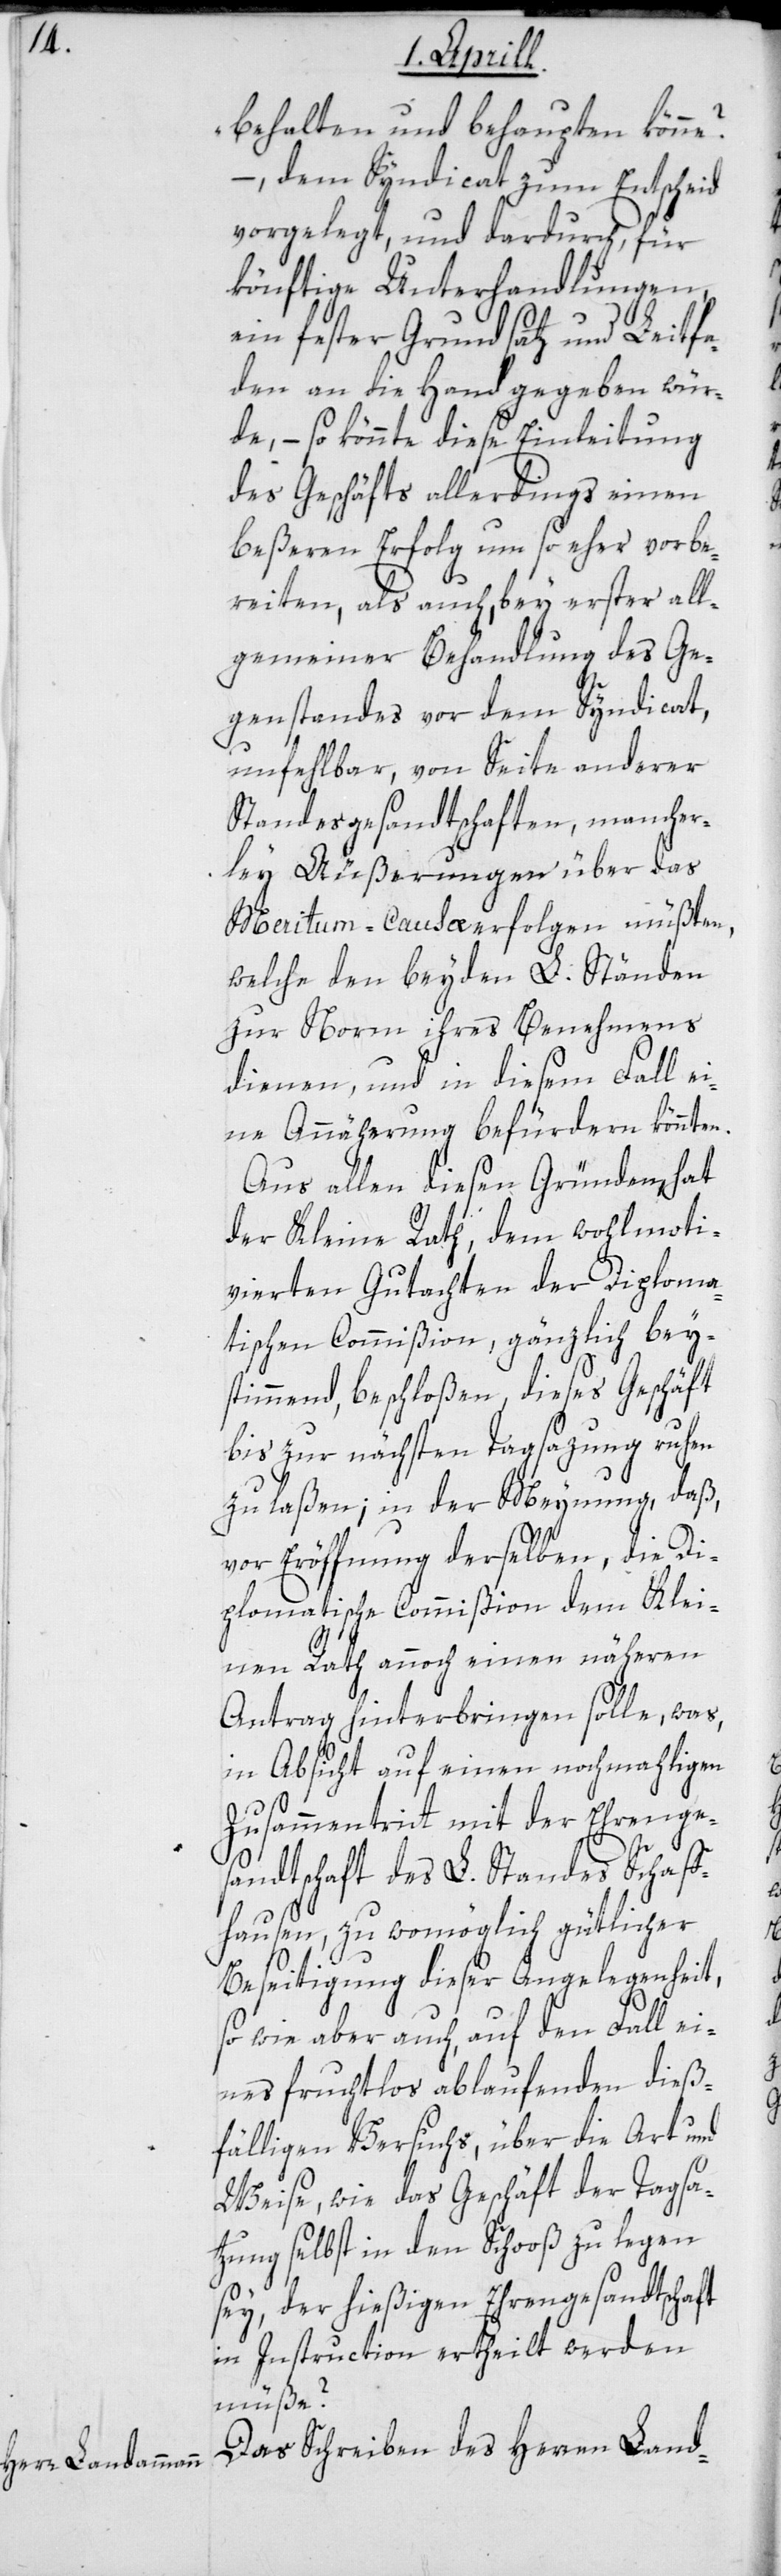
behalten und behaupten könne?“
–, dem Syndicat zum Entscheid
vorgelegt, und dadurch für
könftige Unterhandlungen,
ein fester Grundsatz und Leitfa¬
den an die Hand gegeben wür¬
de, – so könnte diese Einleitung
des Geschäfts allerdings einen
beßeren Erfolg um so eher vorbe¬
reiten, als auch, bey erster all¬
gemeiner Behandlung des Ge¬
genstandes vor dem Syndicat,
unfehlbar, von Seite anderer
Standesgesandtschaften, mancher¬
ley Äußerungen über das
Meritum-Causa erfolgen müßten,
welche den beyden L. Ständen
zur Norm ihres Benehmens
dienen, und in diesem Fall ei¬
ne Annäherung befürdern könnten.
Aus allen diesen Gründen, hat
der Kleine Rath, dem wohlmoti¬
vierten Gutachten der Diploma¬
tischen Commißion, gänzlich bey¬
stimmend beschloßen, dieses Geschäft
bis zur nächsten Tagsazung ruhen
zu laßen, in der Meynung, daß
vor Eröffnung derselben, die Di¬
plomatische Commißion dem Klei¬
nen Rath annoch einen näheren
Antrag hinterbringen solle, was,
in Absicht auf einen nochmahligen
Zusammentritt mit der Ehrenge¬
sandtschaft des L. Standes Schaf¬
fhausen, zu womöglich gütlicher
Beseitigung dieser Angelegenheit,
so wie aber auch auf den Fall ei¬
nes fruchtlos ablaufenden dieß¬
fälligen Versuchs, über die Art und
Weise, wie das Geschäft der Tagsa¬
tzung selbst in den Schooß zu legen
sey, der hießigen Ehrengesandtschaft
in Instruction ertheilt werden
müße?
Das Schreiben des Herren Land-